Investigations on Bengal jail dietaries - Number 37
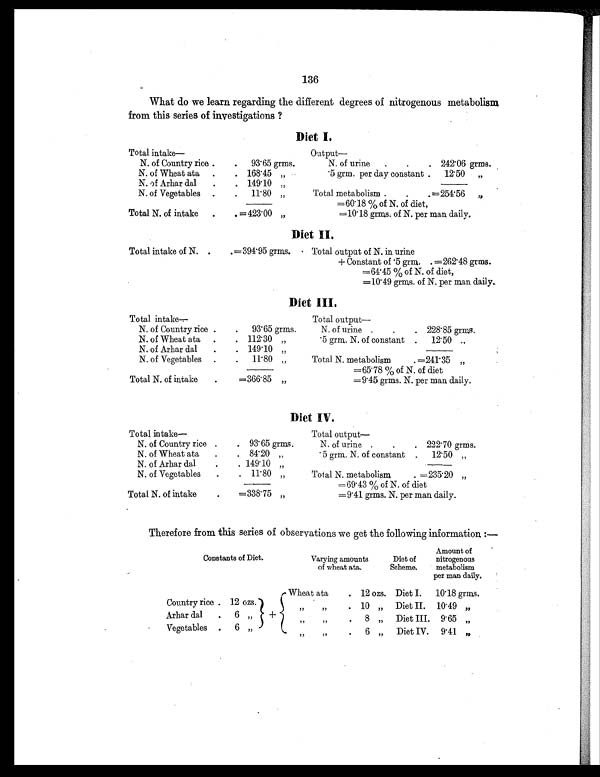
136
What do we learn regarding the different degrees of nitrogenous metabolism
from this series of investigations ?
Diet I.
Total intake—
Output—
N. of Country rice .
.
93.65grms.
N. of urine
.
.
. 242.06 grms.
N. of Wheat ata
.
. 168.45 „
.5 grm. per day constant .
12.50
„
N. of Arhar dal
.
. 149.10 „
N. of Vegetables
.
.
11.80 „
Total metabolism .
.
. =254.56
„
=60.18 % of N. of diet,
Total N. of intake
.
. =423.00 „
=10.18 grms. of N. per man daily.
Diet II.
Total intake of N. .
. =394.95grms.
Total output of N. in urine
+ Constant of .5 grm. . =262.48 grms.
=64.45 % of N. of diet,
=10.49 grms. of N. per man daily.
Diet III.
Total intake—
Total output—
N. of Country rice .
.
93.65 grms.
N. of urine .
.
. 228.85 grms.
N. of Wheat ata
.
. 112.30 „
.5 grm. N. of constant .
12.50 , ,
N. of Arhar dal
.
. 149.10 „
N. of Vegetables
.
.
11.80 „
Total N. metabolism
. =241'35 „
=65.78 % of N. of diet
Total N. of intake
.
=366.85 „
=9.45 grms. N. per man daily.
Diet IV.
Total intake—
Total output—
N. of Country rice . .
93.65 grms.
N. of urine .
.
. 222.70 grms.
N. of Wheat ata
.
.
84.20 „
5 grm. N. of constant .
12.50 „
N. of Arhar dal
.
.
149.10 , ,
N. of Vegetables
.
.
11.80 „
Total N. metabolism
. =235.20 „
=69.43 % of N. of diet
Total N. of intake
.
=338.75 „
=9.41 grms. N. per man daily.
Therefore from this series of observations we get the following information :—
Constants of Diet.
Varying amounts
of wheat ata.
Diet of
Scheme.
Amount of
nitrogenous
metabolism
per man daily.
+
Wheat ata
. 12 ozs. Diet I.
10.18grms.
Country rice . 12 ozs
,,
,,
. 10 „
Diet II.
10.49 „
Arhar dal
.
6 „
,,
,, .
8 „
Diet III. 9.65 „
Vegetables
.
6 „
,, ,, .
6 „
Diet IV.
9.41 „